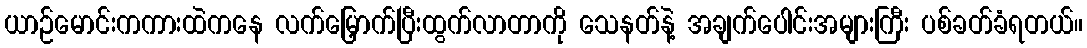
ယာဉ်မောင်းကကားထဲကနေ လက်မြှောက်ပြီးထွက်လာတာကို သေနတ်နဲ့ အချက်ပေါင်းအများကြီး ပစ်ခတ်ခံရတယ်။